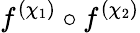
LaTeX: f^{(\chi_{1})}\circ f^{(\chi_{2})}